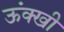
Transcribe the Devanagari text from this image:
ऊंक्खी